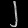
Digit: ၂